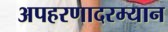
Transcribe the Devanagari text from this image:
अपहरणादरम्यान